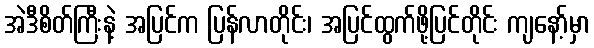
အဲဒီစိတ်ကြီးနဲ့ အပြင်က ပြန်လာတိုင်း၊ အပြင်ထွက်ဖို့ပြင်တိုင်း ကျနော့်မှာ